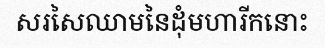
សរសៃឈាមនៃដុំមហារីកនោះ